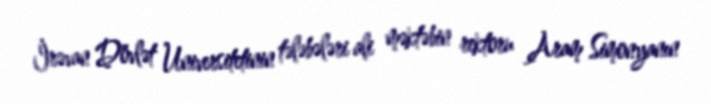
İrəvan Dövlət Universitetinin tələbələri ali məktəbin rektoru Aram Simonyanın